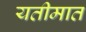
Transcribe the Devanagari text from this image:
यतीमात